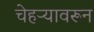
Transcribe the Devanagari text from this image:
चेहऱ्यावरून